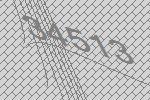
34513